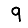
Digit: 9